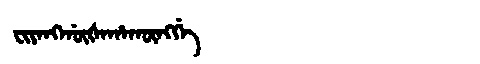
Manchu: ᠸᡳᠶᠠᠩᡤᡡᡧᠠᡥᠠᡴᡡᠩᡤᡝ
Romanization: FIYANGGŪŠAHAKŪNGGE